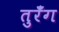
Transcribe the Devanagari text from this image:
तुरँग